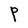
Character: P